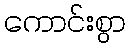
ကောင်းစွာ